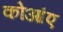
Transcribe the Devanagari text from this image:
कोआंए